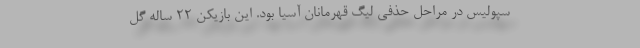
سپولیس در مراحل حذفی لیگ قهرمانان آسیا بود. این بازیکن 22 ساله گل